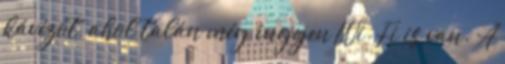
kávézót, ahol talán még ingyen Wi-Fi is van. A